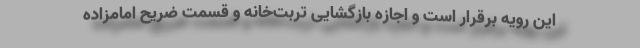
این رویه برقرار است و اجازه بازگشایی تربت‌خانه و قسمت ضریح امامزاده